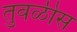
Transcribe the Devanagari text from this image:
तुवळीस